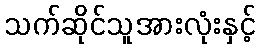
သက်ဆိုင်သူအားလုံးနှင့်